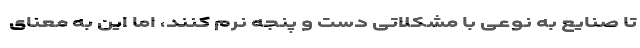
تا صنایع به نوعی با مشکلاتی دست و پنجه نرم کنند، اما این به معنای